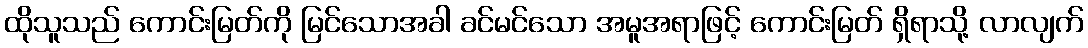
ထိုသူသည် ကောင်းမြတ်ကို မြင်သောအခါ ခင်မင်သော အမူအရာဖြင့် ကောင်းမြတ် ရှိရာသို့ လာလျက်